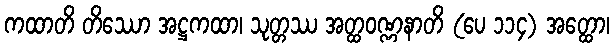
ကထာတိ တိဿော အဋ္ဌကထာ၊ သုတ္တဿ အတ္ထဝဏ္ဏနာတိ (ပေ ၁၁၄) အတ္ထော၊